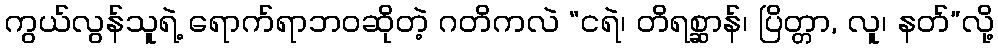
ကွယ်လွန်သူရဲ့ ရောက်ရာဘဝဆိုတဲ့ ဂတိကလဲ “ငရဲ၊ တိရစ္ဆာန်၊ ပြိတ္တာ, လူ၊ နတ်”လို့